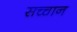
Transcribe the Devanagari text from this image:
सच्चान